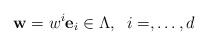
\begin{align*}{\bf w} = w^{i}{\bf e}_{i} \in \Lambda,\;\;i=,\dots,d\end{align*}